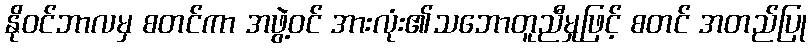
နိုဝင်ဘာလမှ စတင်ကာ အဖွဲ့ဝင် အားလုံး၏သဘောတူညီမှုဖြင့် စတင် အတည်ပြု